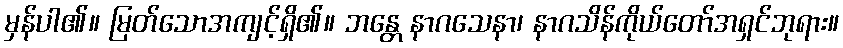
မှန်ပါ၏။ မြတ်သောအကျင့်ရှိ၏။ ဘန္တေ နာဂသေနာ၊ နာဂသိန်ကိုယ်တော်အရှင်ဘုရား။